画像に写った文字を読んでください
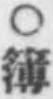
「○簿」と書いてあります